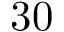
3 0